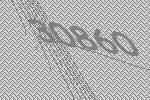
30860